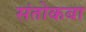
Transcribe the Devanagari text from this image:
संतोकबा